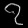
Digit: ၇